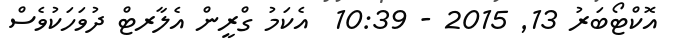
އޮކްޓޯބަރު 13